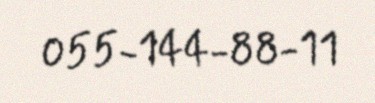
055-144-88-11